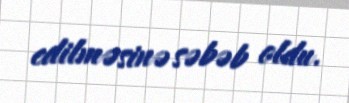
edilməsinə səbəb oldu.